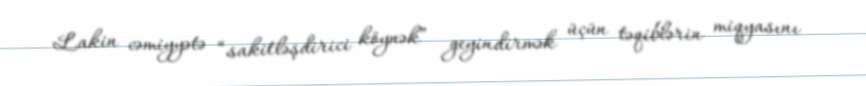
Lakin cəmiyyətə “sakitləşdirici köynək” geyindirmək üçün təqiblərin miqyasını